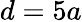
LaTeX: d=5a